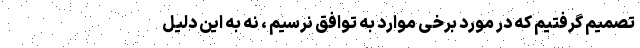
تصمیم گرفتیم که در مورد برخی موارد به توافق نرسیم ، نه به این دلیل